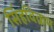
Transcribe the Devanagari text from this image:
सिंहविक्रम